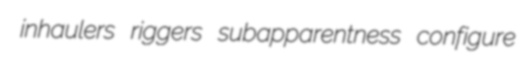
inhaulers riggers subapparentness configure